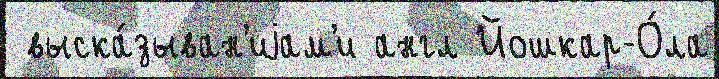
 выска́зыван'иjам'и англ Йошкар-О́ла